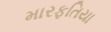
મારફતિયા